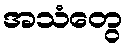
အသံတွေ